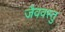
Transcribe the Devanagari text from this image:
जैववस्तु